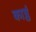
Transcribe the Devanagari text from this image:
काष्ठं